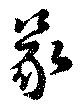
篆